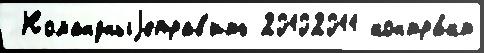
 Командныjеправ'ить 20102011 контра́кт